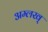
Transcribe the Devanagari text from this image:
अम्लख्